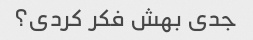
جدی بهش فکر کردی؟